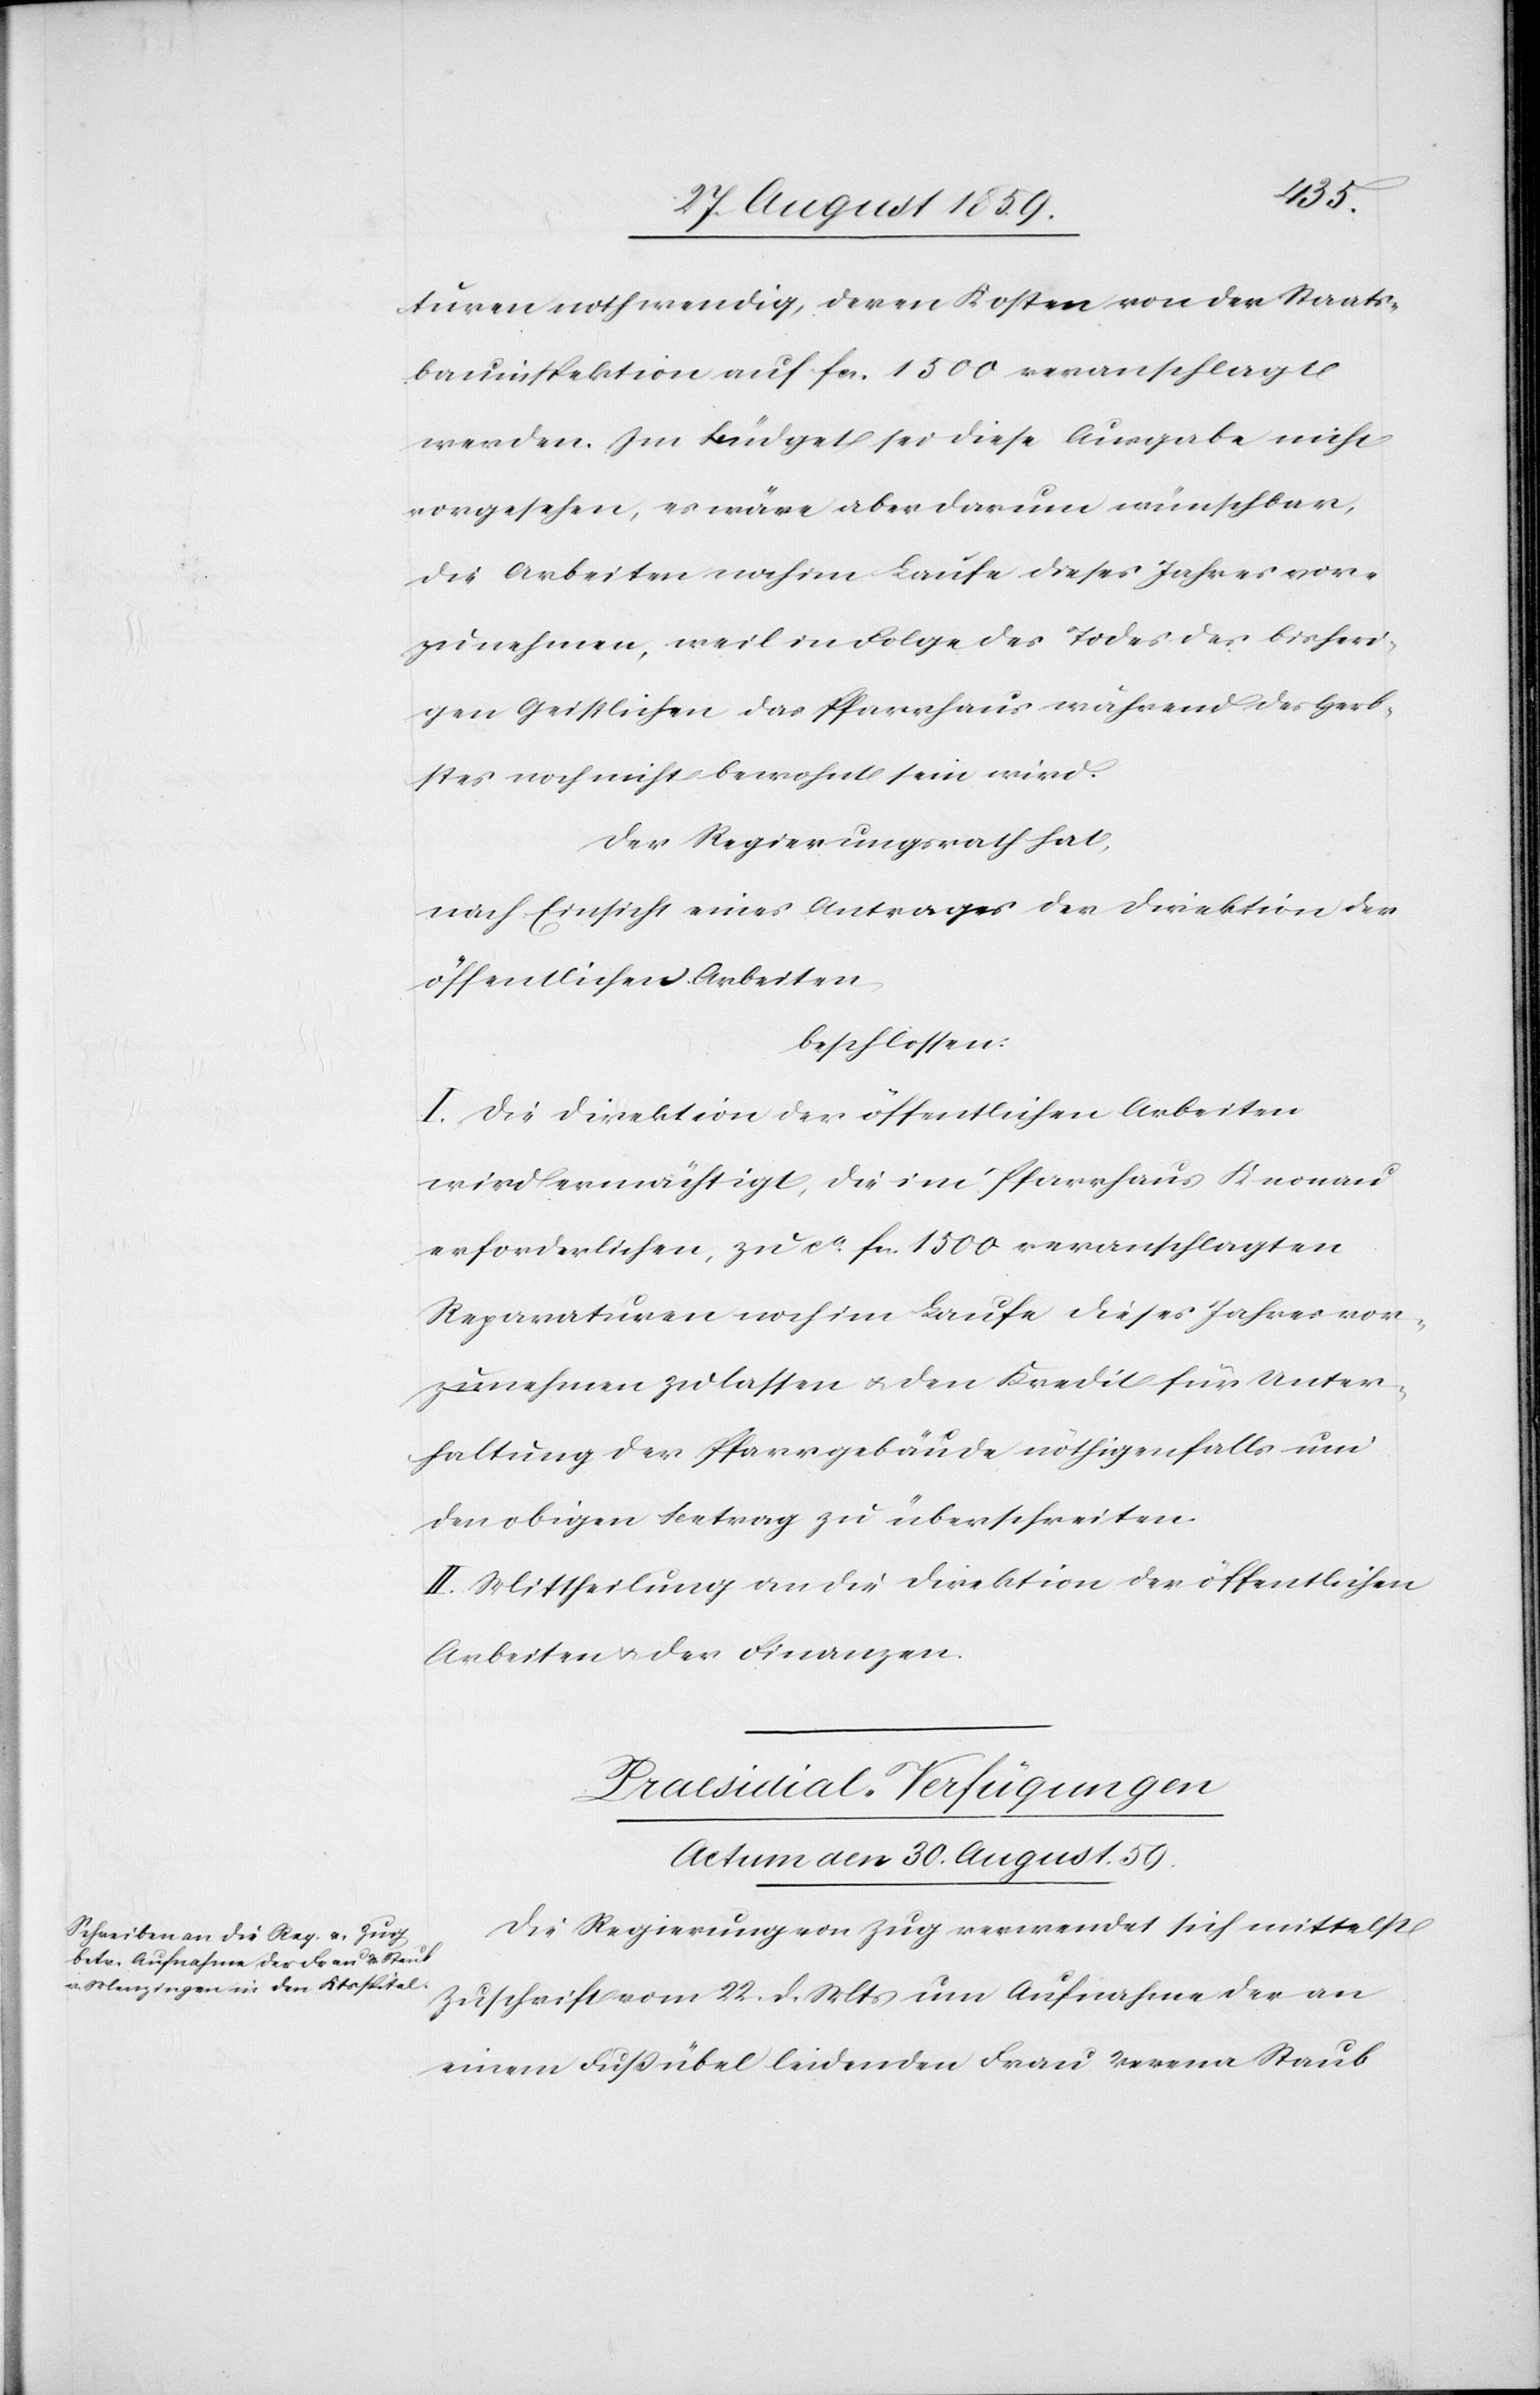
turen nothwendig, deren Kosten von der Staats¬
bauinspektion auf fcs. 1500 veranschlagt
werden. Im Büdget sei diese Ausgabe nicht
vorgesehen, es wäre aber darum wünschbar,
die Arbeiten noch im Laufe dieses Jahres vor¬
zunehmen, weil in Folge des Todes des bisheri¬
gen Geistlichen das Pfarrhaus während des Herb¬
stes noch nicht bewohnt sein wird.
Der Regierungsrath hat,
nach Einsicht eines Antrages der Direktion der
öffentlichen Arbeiten,
beschlossen:
I. Die Direktion der öffentlichen Arbeiten
wird ermächtigt, die im Pfarrhaus Knonau
erforderlichen, zu ca. fcs. 1500 veranschlagten
Reparaturen noch im Laufe dieses Jahres vor¬
nehmen zu lassen & den Kredit für Unter¬
haltung der Pfarrgebäude nöthigenfalls um
den obigen Betrag zu überschreiten.
II. Mittheilung an die Direktion der öffentlichen
Arbeiten & der Finanzen.
Praesidial-Verfügungen.
Actum den 30. August 59.
Die Regierung von Zug verwendet sich mittelst
Zuschrift vom 22. d. Mts. um Aufnahme der an
einem Fußübel leidenden Frau Verena Staub